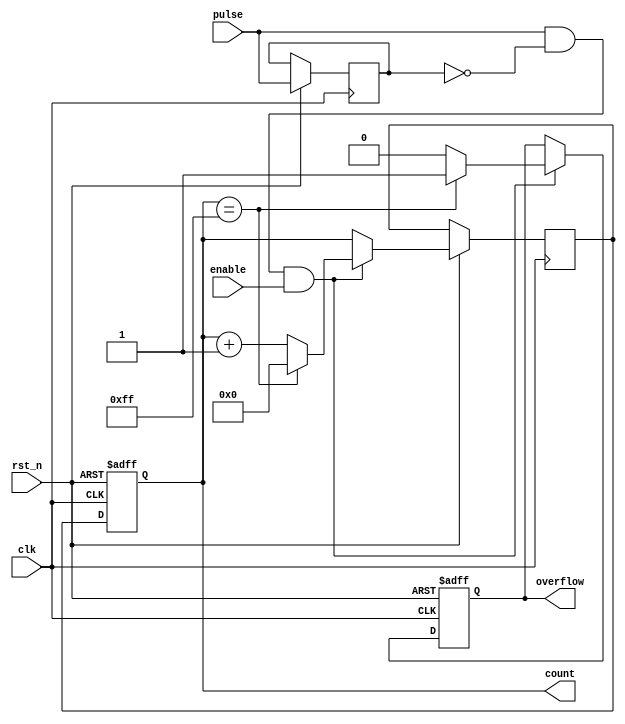
module pulse_counter (
    input wire clk,          // Clock input
    input wire rst_n,       // Active-low asynchronous reset
    input wire pulse,       // Input pulse signal
    input wire enable,      // Enable signal for counting
    output reg [7:0] count, // 8-bit output count
    output reg overflow     // Overflow indication
);

    // Internal state variable to hold the next count value
    reg [7:0] next_count;

    // Edge detection for pulse signal
    reg pulse_reg;

    always @(posedge clk or negedge rst_n) begin
        if (!rst_n) begin
            count <= 8'b0;      // Reset count to 0
            overflow <= 1'b0;   // Reset overflow flag
        end else begin
            pulse_reg <= pulse;  // Store the current pulse state
            if (pulse && !pulse_reg && enable) begin // Rising edge detected
                if (count == 8'hFF) begin
                    next_count <= 8'b0; // Wrap around on overflow
                    overflow <= 1'b1;    // Set overflow flag
                end else begin
                    next_count <= count + 1; // Increment count
                    overflow <= 1'b0; // Clear overflow flag
                end
            end else begin
                next_count <= count; // Hold the current count
            end
            count <= next_count; // Update count
        end
    end

endmodule